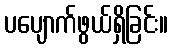
ပပျောက်ဖွယ်ရှိခြင်း။